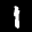
Label: 1